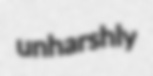
unharshly